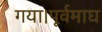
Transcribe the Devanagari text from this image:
गया।पूर्वमाघ